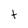
Character: t